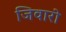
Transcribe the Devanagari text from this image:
जिवारो